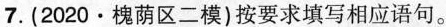
7.(2020·槐荫区二模)按要求填写相应语句。